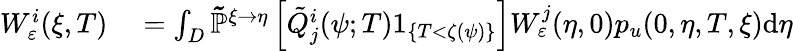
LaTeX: \begin{array}{rl}{W_{\varepsilon}^{i}(\xi,T)}&{{}=\int_{D}\mathbb{\tilde{P}}^{\xi\rightarrow\eta}\left[\tilde{Q}_{j}^{i}(\psi;T)1_{\{ T<\zeta(\psi)\} }\right]W_{\varepsilon}^{j}(\eta,0)p_{u}(0,\eta,T,\xi)\textrm{d}\eta}\end{array}